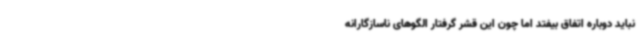
نباید دوباره اتفاق بیفتد اما چون این قشر گرفتار الگوهای ناسازگارانه